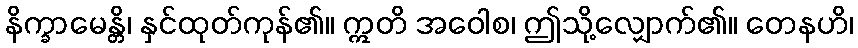
နိက္ခာမေန္တိ၊ နှင်ထုတ်ကုန်၏။ ဣတိ အဝေါစ၊ ဤသို့လျှောက်၏။ တေနဟိ၊